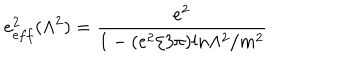
e _ { e f f } ^ { 2 } ( \Lambda ^ { 2 } ) = { \frac { e ^ { 2 } } { 1 - ( e ^ { 2 } / 3 \pi ) l n \Lambda ^ { 2 } / m ^ { 2 } } }